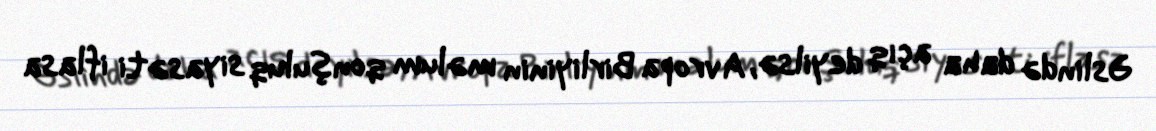
Əslində daha açıq deyilsə, Avropa Birliyinin məlum qonşuluq siyasəti iflasa